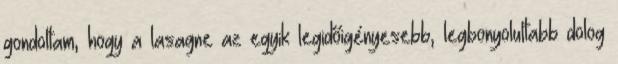
gondoltam, hogy a lasagne az egyik legidőigényesebb, legbonyolultabb dolog